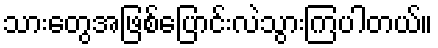
သားတွေအဖြစ်ပြောင်းလဲသွားကြပါတယ်။